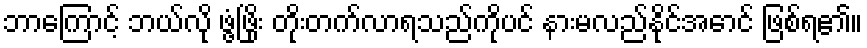
ဘာကြောင့် ဘယ်လို ဖွံ့ဖြိုး တိုးတက်လာရသည်ကိုပင် နားမလည်နိုင်အောင် ဖြစ်ရ၏။